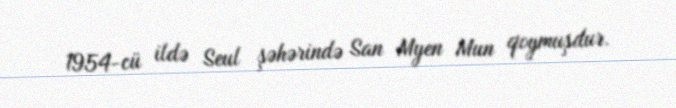
1954-cü ildə Seul şəhərində San Myen Mun qoymuşdur.